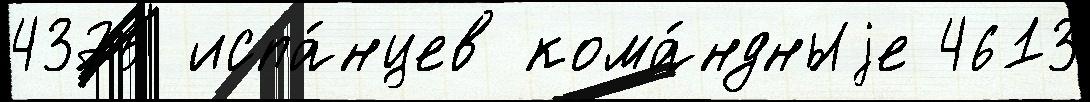
4375 испа́нцев кома́ндныjе 4613